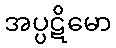
အပ္ပဋိမော